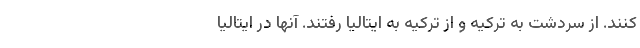
کنند. از سردشت به ترکیه و از ترکیه به ایتالیا رفتند. آنها در ایتالیا